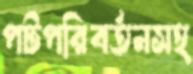
পটপরিবর্তনসহ